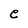
Character: e